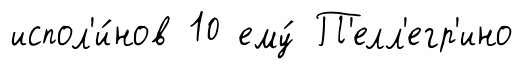
испол'и́нов 10 ему́ П'елл'егр'ино